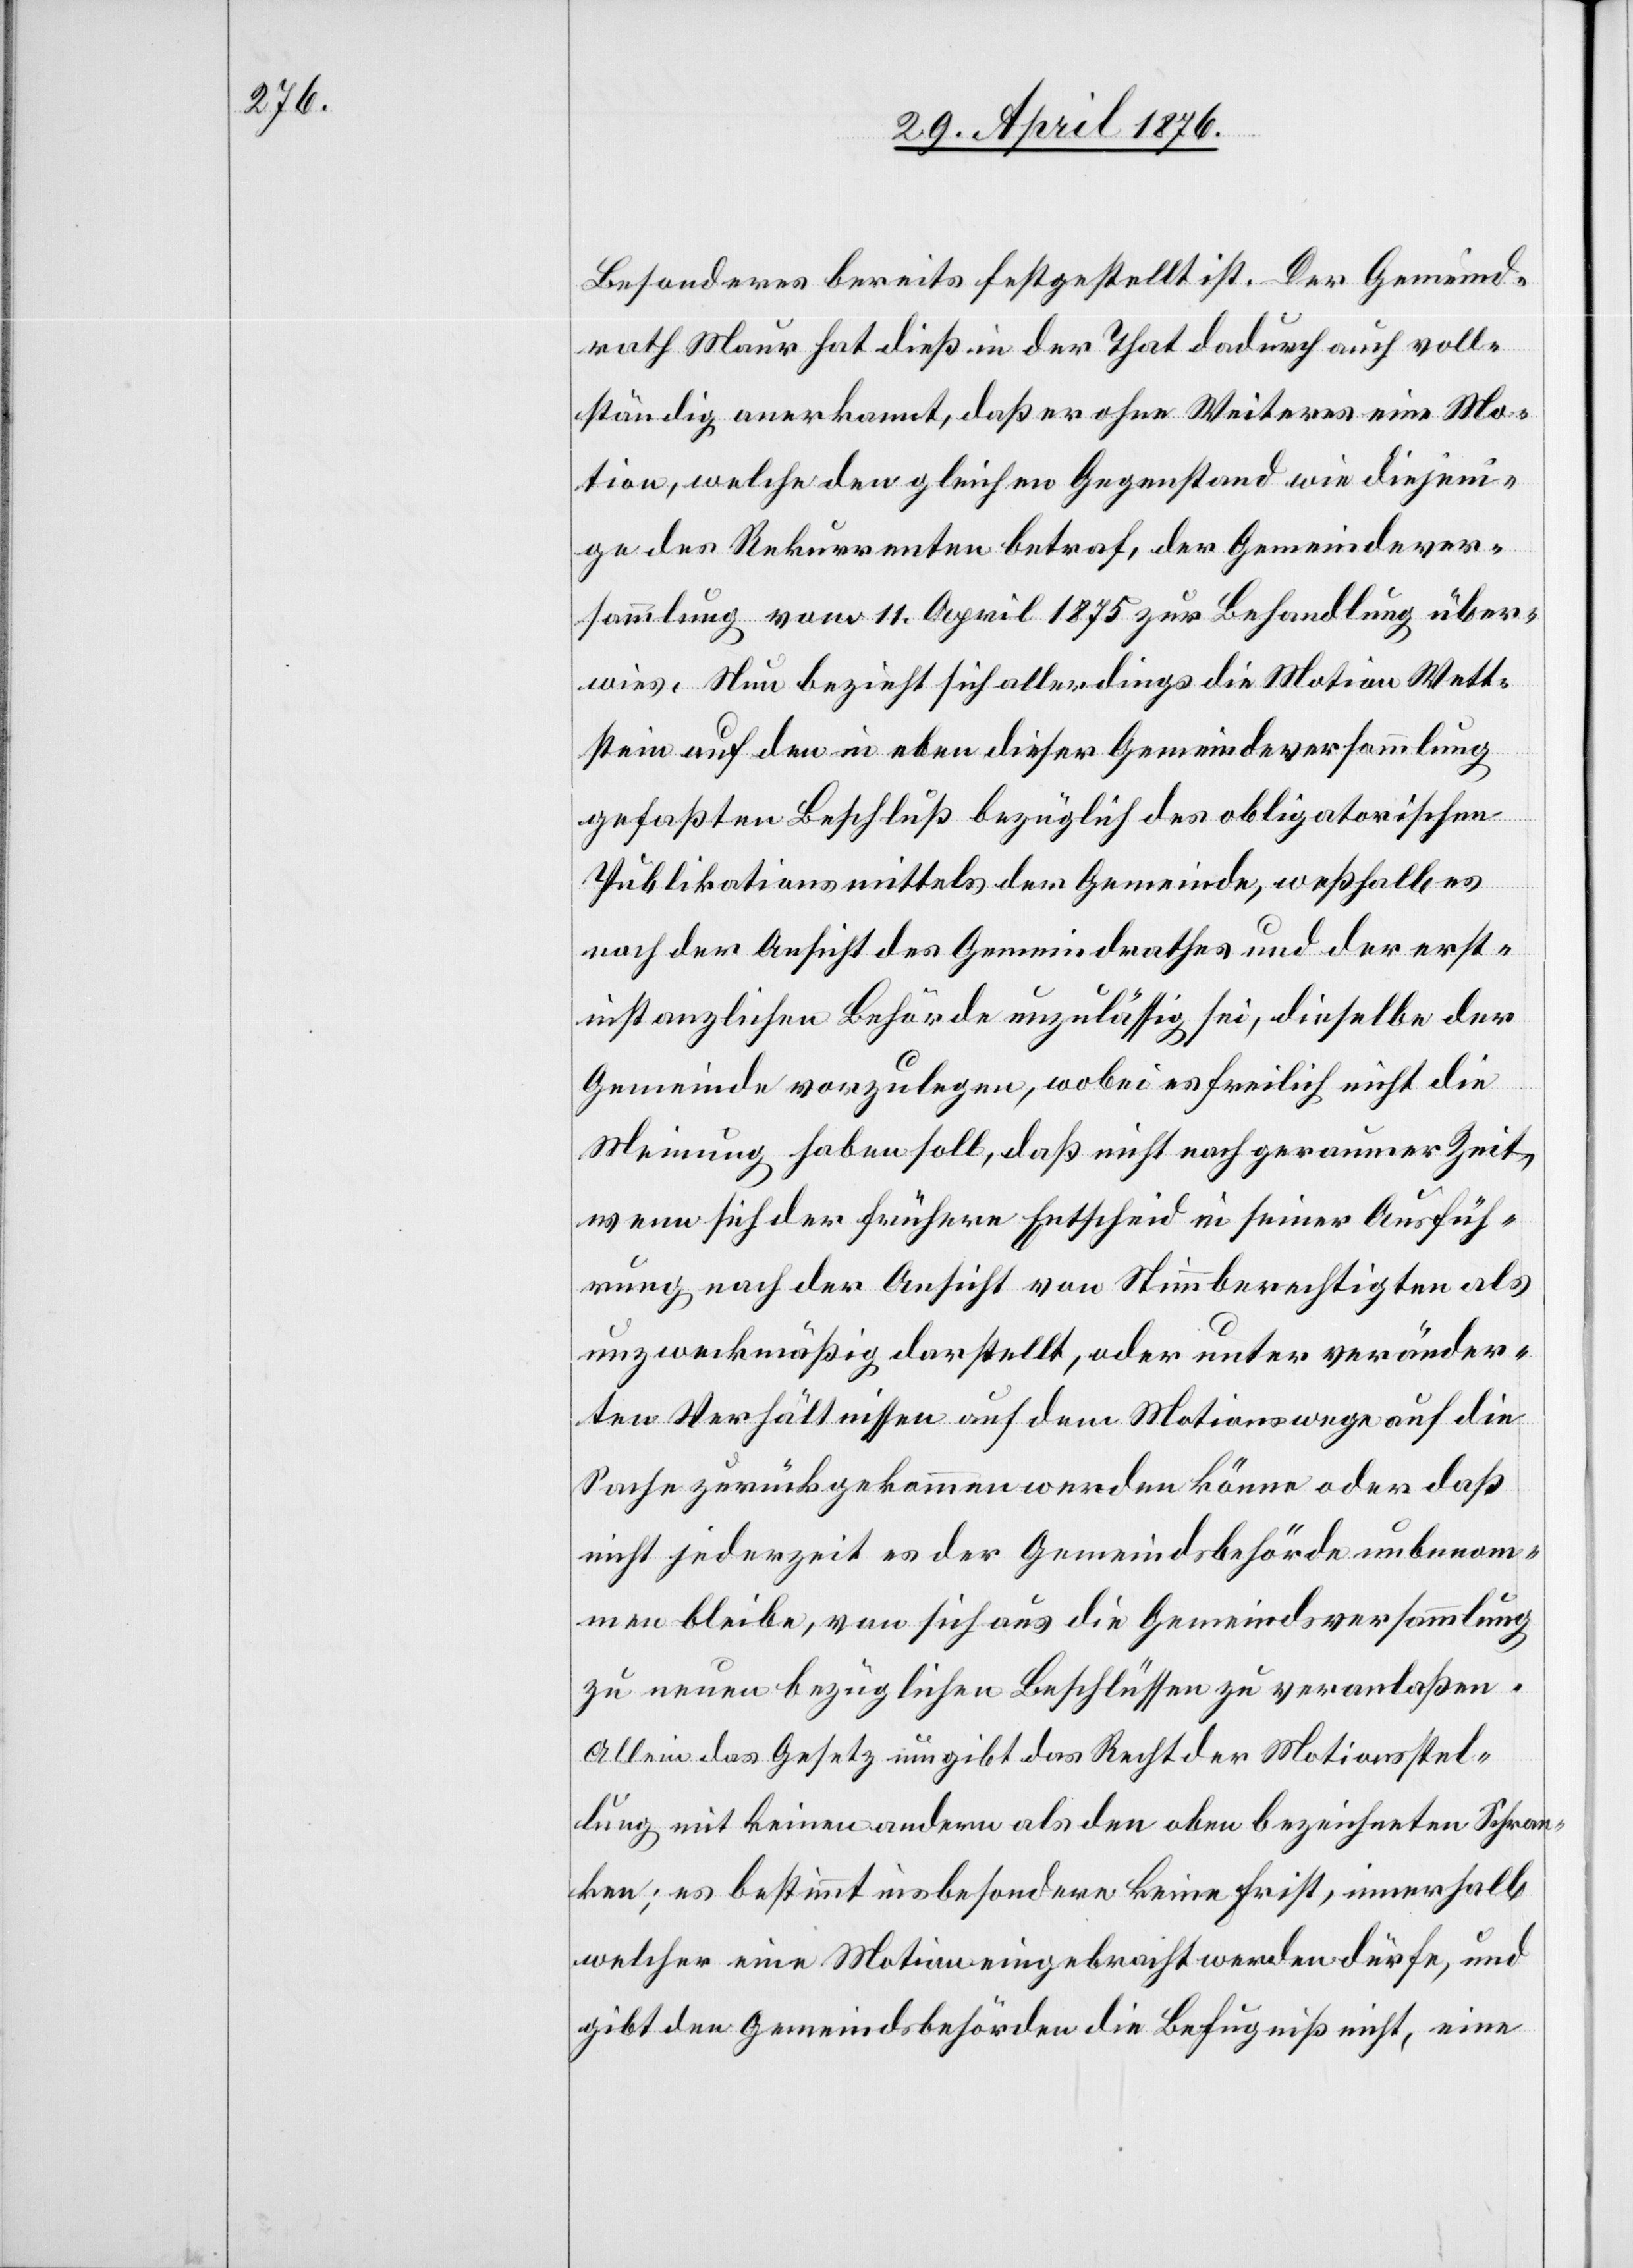
Besonderes bereits festgestellt ist. Der Gemeind¬
rath Maur hat dies in der That dadurch auch voll¬
ständig anerkannt, daß er ohne Weiteres eine Mo¬
tion, welche den gleichen Gegenstand wie diejeni¬
ge des Rekurrenten betraf, der Gemeindever¬
sammlung vom 11. April 1875 zur Behandlung über¬
wies. Neu bezieht sich allerdings die Motion Wett¬
stein auf den in eben dieser Gemeindeversammlung
gefaßten Beschluß bezüglich des obligatorischen
Publikationsmittels der Gemeinde, weßhalb es
nach der Ansicht des Gemeindrathes und der erst¬
instanzlichen Behörde unzulässig sei, dieselbe der
Gemeinde vorzulegen, wobei es freilich nicht die
Meinung haben soll, daß nicht nach geraumer Zeit,
wenn sich der frühere Entscheid in seiner Ausfüh¬
rung nach der Ansicht von Stimmberechtigten als
unzweckmäßig darstellt, oder unter veränder¬
ten Verhältnissen auf dem Motionswege auf die
Sache zurückgenommen werden könne oder daß
nicht jederzeit es der Gemeindsbehörde unbenom¬
men bleibe, von sich aus die Gemeindsversammlung
zu neuen bezüglichen Beschlüssen zu veranlaßen.
Allein das Gesetz umgibt das Recht der Motionsstel¬
lung mit keinem andern als den oben bezeichneten Schran¬
ken; es bestimmt insbesondere keine Frist, innerhalb
welcher eine Motion eingebracht werden dürfe, und
gibt den Gemeindsbehörden die Befugniß nicht, eine